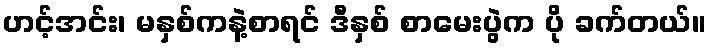
ဟင့်အင်း၊ မနှစ်ကနဲ့စာရင် ဒီနှစ် စာမေးပွဲက ပို ခက်တယ်။